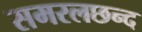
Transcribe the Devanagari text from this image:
समरलछन्द